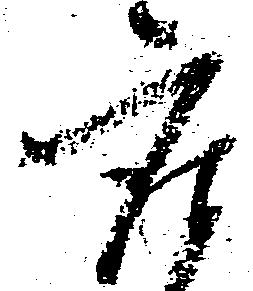
座